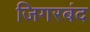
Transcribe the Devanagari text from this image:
जिगरबंद